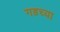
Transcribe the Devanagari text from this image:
गडच्या